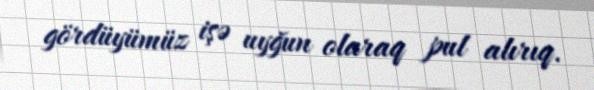
gördüyümüz işə uyğun olaraq pul alırıq.